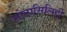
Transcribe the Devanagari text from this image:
मोटासिलिडी